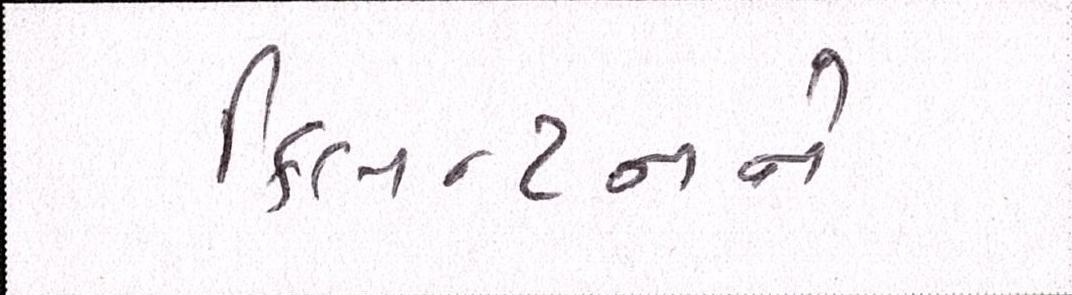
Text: ક્લિન્ટનને